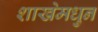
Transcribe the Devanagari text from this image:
शाखेमधुन